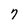
Character: 7